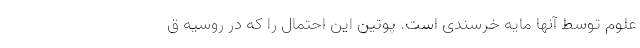
علوم توسط آنها مایه خرسندی است. پوتین این احتمال را که در روسیه ق